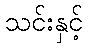
သင်းနှင့်